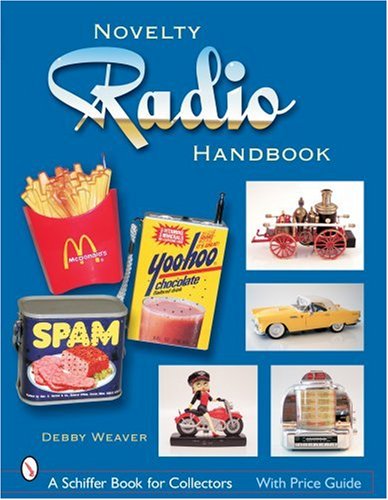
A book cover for The Novelty Radio Handbook And Price Guide; Debby Weaver; Crafts, Hobbies & Home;